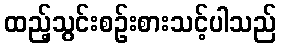
ထည့်သွင်းစဉ်းစားသင့်ပါသည်